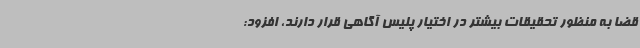
قضا به منظور تحقیقات بیشتر در اختیار پلیس آگاهی قرار دارند، افزود: